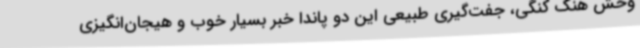
وحش هنگ کنگی، جفت‌گیری طبیعی این دو پاندا خبر بسیار خوب و هیجان‌انگیزی